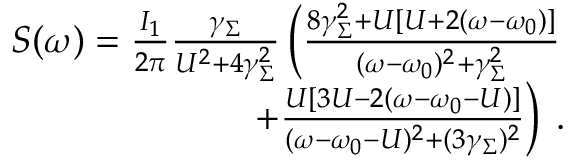
\begin{array} { r } { S ( \omega ) = \frac { I _ { 1 } } { 2 \pi } \frac { \gamma _ { \Sigma } } { U ^ { 2 } + 4 \gamma _ { \Sigma } ^ { 2 } } \left( \frac { 8 \gamma _ { \Sigma } ^ { 2 } + U [ U + 2 ( \omega - \omega _ { 0 } ) ] } { ( \omega - \omega _ { 0 } ) ^ { 2 } + \gamma _ { \Sigma } ^ { 2 } } \right. } \\ { \left. + \frac { U [ 3 U - 2 ( \omega - \omega _ { 0 } - U ) ] } { ( \omega - \omega _ { 0 } - U ) ^ { 2 } + ( 3 \gamma _ { \Sigma } ) ^ { 2 } } \right) \: . } \end{array}